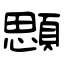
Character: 顋